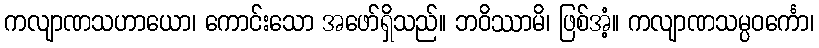
ကလျာဏသဟာယော၊ ကောင်းသော အဖော်ရှိသည်။ ဘဝိဿာမိ၊ ဖြစ်အံ့။ ကလျာဏသမ္ပဝင်္ကော၊